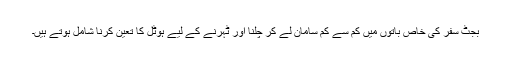
بجٹ سفر کی خاص باتوں میں کم سے کم سامان لے کر چلنا اور ٹہرنے کے لیے ہوٹل کا تعین کرنا شامل ہوتے ہیں۔